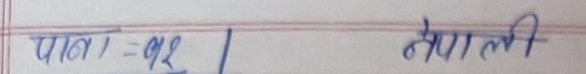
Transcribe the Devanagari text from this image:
पाठ/ - १२ नेपाली